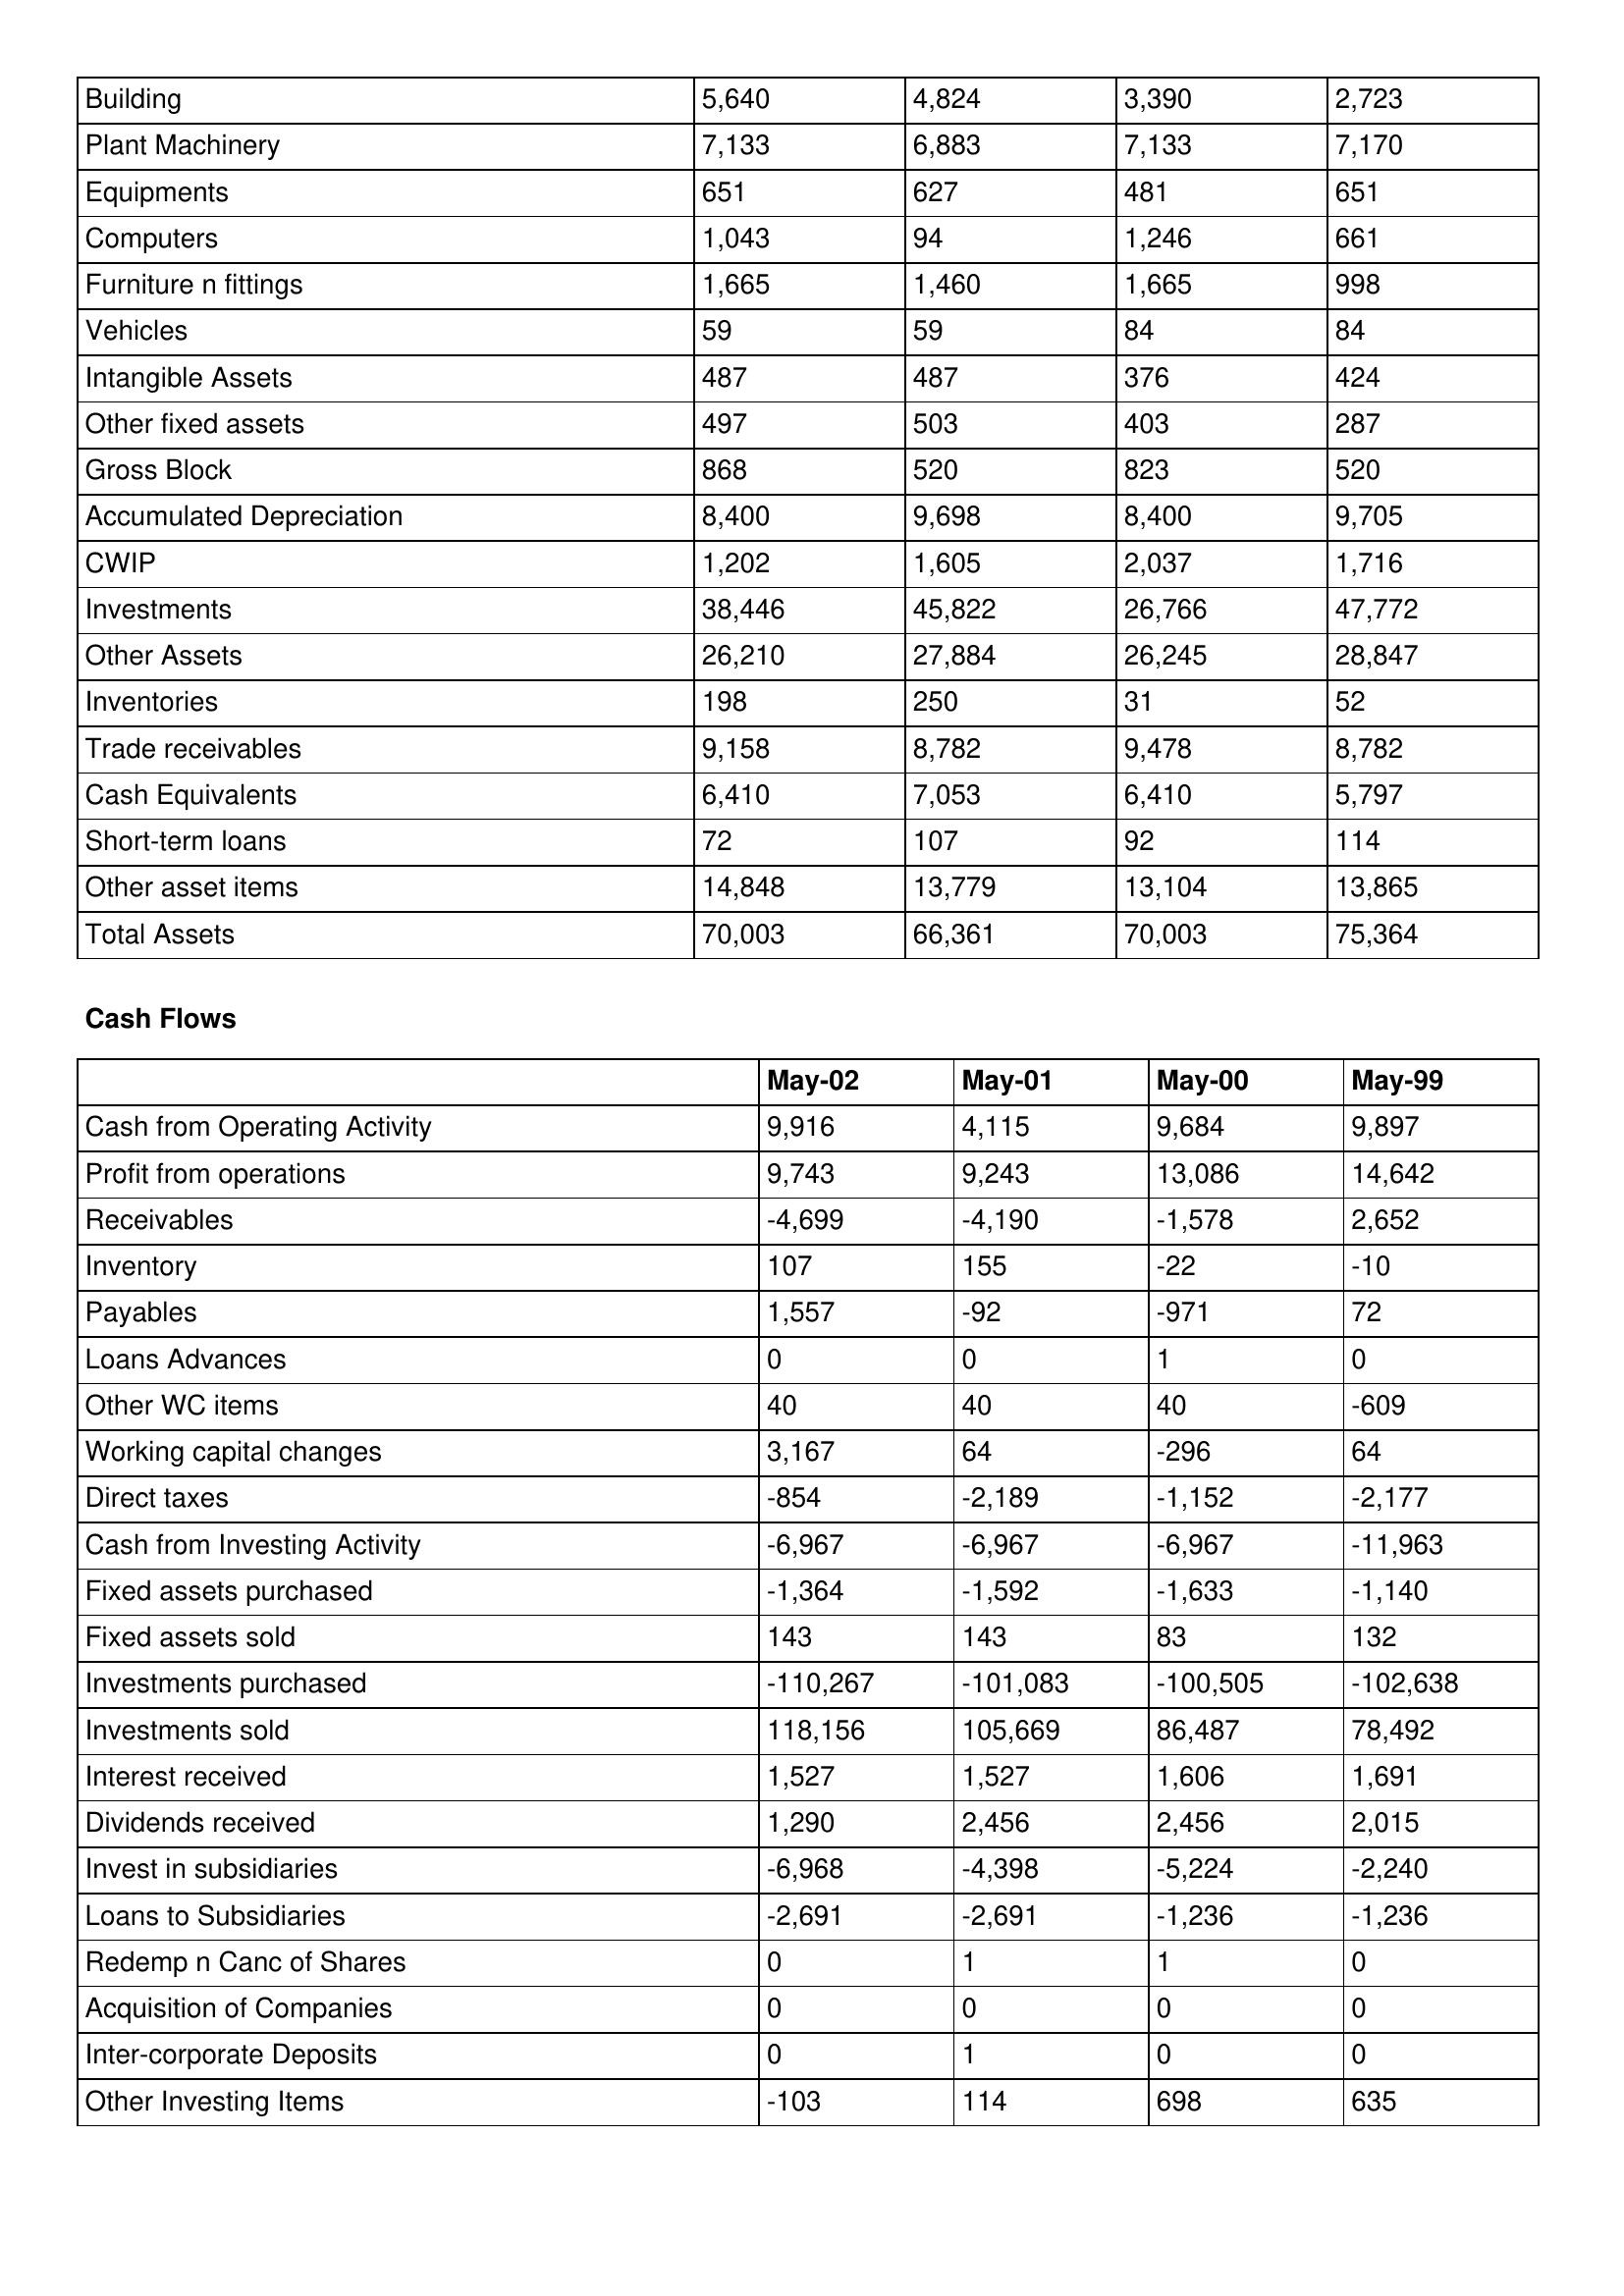
gt_parse: May-02: Balance Sheet: Building: 5,640
Plant Machinery: 7,133
Equipments: 651
Computers: 1,043
Furniture n fittings: 1,665
Vehicles: 59
Intangible Assets: 487
Other fixed assets: 497
Gross Block: 868
Accumulated Depreciation: 8,400
CWIP: 1,202
Investments: 38,446
Other Assets: 26,210
Inventories: 198
Trade receivables: 9,158
Cash Equivalents: 6,410
Short-term loans: 72
Other asset items: 14,848
Total Assets: 70,003
Cash Flows: Cash from Operating Activity: 9,916
Profit from operations: 9,743
Receivables: -4,699
Inventory: 107
Payables: 1,557
Loans Advances: 0
Other WC items: 40
Working capital changes: 3,167
Direct taxes: -854
Cash from Investing Activity: -6,967
Fixed assets purchased: -1,364
Fixed assets sold: 143
Investments purchased: -110,267
Investments sold: 118,156
Interest received: 1,527
Dividends received: 1,290
Invest in subsidiaries: -6,968
Loans to Subsidiaries: -2,691
Redemp n Canc of Shares: 0
Acquisition of Companies: 0
Inter-corporate Deposits: 0
Other Investing Items: -103
May-01: Balance Sheet: Building: 4,824
Plant Machinery: 6,883
Equipments: 627
Computers: 94
Furniture n fittings: 1,460
Vehicles: 59
Intangible Assets: 487
Other fixed assets: 503
Gross Block: 520
Accumulated Depreciation: 9,698
CWIP: 1,605
Investments: 45,822
Other Assets: 27,884
Inventories: 250
Trade receivables: 8,782
Cash Equivalents: 7,053
Short-term loans: 107
Other asset items: 13,779
Total Assets: 66,361
Cash Flows: Cash from Operating Activity: 4,115
Profit from operations: 9,243
Receivables: -4,190
Inventory: 155
Payables: -92
Loans Advances: 0
Other WC items: 40
Working capital changes: 64
Direct taxes: -2,189
Cash from Investing Activity: -6,967
Fixed assets purchased: -1,592
Fixed assets sold: 143
Investments purchased: -101,083
Investments sold: 105,669
Interest received: 1,527
Dividends received: 2,456
Invest in subsidiaries: -4,398
Loans to Subsidiaries: -2,691
Redemp n Canc of Shares: 1
Acquisition of Companies: 0
Inter-corporate Deposits: 1
Other Investing Items: 114
May-00: Balance Sheet: Building: 3,390
Plant Machinery: 7,133
Equipments: 481
Computers: 1,246
Furniture n fittings: 1,665
Vehicles: 84
Intangible Assets: 376
Other fixed assets: 403
Gross Block: 823
Accumulated Depreciation: 8,400
CWIP: 2,037
Investments: 26,766
Other Assets: 26,245
Inventories: 31
Trade receivables: 9,478
Cash Equivalents: 6,410
Short-term loans: 92
Other asset items: 13,104
Total Assets: 70,003
Cash Flows: Cash from Operating Activity: 9,684
Profit from operations: 13,086
Receivables: -1,578
Inventory: -22
Payables: -971
Loans Advances: 1
Other WC items: 40
Working capital changes: -296
Direct taxes: -1,152
Cash from Investing Activity: -6,967
Fixed assets purchased: -1,633
Fixed assets sold: 83
Investments purchased: -100,505
Investments sold: 86,487
Interest received: 1,606
Dividends received: 2,456
Invest in subsidiaries: -5,224
Loans to Subsidiaries: -1,236
Redemp n Canc of Shares: 1
Acquisition of Companies: 0
Inter-corporate Deposits: 0
Other Investing Items: 698
May-99: Balance Sheet: Building: 2,723
Plant Machinery: 7,170
Equipments: 651
Computers: 661
Furniture n fittings: 998
Vehicles: 84
Intangible Assets: 424
Other fixed assets: 287
Gross Block: 520
Accumulated Depreciation: 9,705
CWIP: 1,716
Investments: 47,772
Other Assets: 28,847
Inventories: 52
Trade receivables: 8,782
Cash Equivalents: 5,797
Short-term loans: 114
Other asset items: 13,865
Total Assets: 75,364
Cash Flows: Cash from Operating Activity: 9,897
Profit from operations: 14,642
Receivables: 2,652
Inventory: -10
Payables: 72
Loans Advances: 0
Other WC items: -609
Working capital changes: 64
Direct taxes: -2,177
Cash from Investing Activity: -11,963
Fixed assets purchased: -1,140
Fixed assets sold: 132
Investments purchased: -102,638
Investments sold: 78,492
Interest received: 1,691
Dividends received: 2,015
Invest in subsidiaries: -2,240
Loans to Subsidiaries: -1,236
Redemp n Canc of Shares: 0
Acquisition of Companies: 0
Inter-corporate Deposits: 0
Other Investing Items: 635